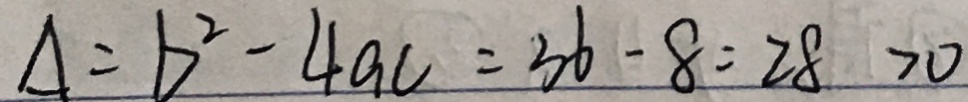
\Delta = b ^ { 2 } - 4 a c = 3 6 - 8 = 2 8 > 0